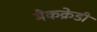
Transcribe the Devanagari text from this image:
मैकक्रेडी